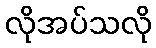
လိုအပ်သလို